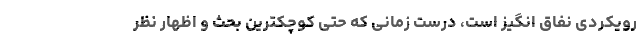
رویکردی نفاق انگیز است، درست زمانی که حتی کوچکترین بحث و اظهار نظر